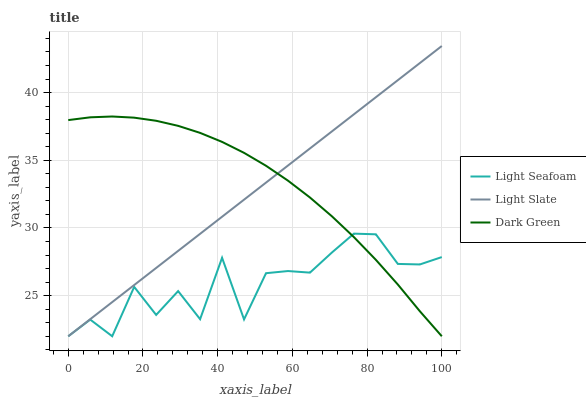
| xaxis_label | Light Seafoam | Light Slate | Dark Green |
 | --- | --- | --- | --- |
 | 0 | 22 | 22 | 38 |
 | 5.88 | 23.2 | 23.3 | 38.2 |
 | 11.8 | 22 | 24.5 | 38.2 |
 | 17.6 | 25.6 | 25.8 | 38.1 |
 | 23.5 | 23.6 | 27 | 37.9 |
 | 29.4 | 25.3 | 28.3 | 37.5 |
 | 35.3 | 23.3 | 29.6 | 37 |
 | 41.2 | 27.8 | 30.8 | 36.4 |
 | 47.1 | 23.2 | 32.1 | 35.5 |
 | 52.9 | 26.7 | 33.3 | 34.6 |
 | 58.8 | 26.8 | 34.6 | 33.5 |
 | 64.7 | 26.7 | 35.9 | 32.2 |
 | 70.6 | 28.2 | 37.1 | 30.9 |
 | 76.5 | 29.6 | 38.4 | 29.3 |
 | 82.4 | 29.5 | 39.7 | 27.6 |
 | 88.2 | 27.3 | 40.9 | 25.8 |
 | 94.1 | 27.3 | 42.2 | 23.9 |
 | 100 | 27.8 | 43.4 | 22 |